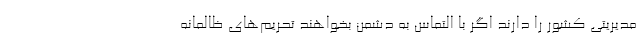
مدیریتی کشور را دارند اگر با التماس به دشمن بخواهند تحریم‌های ظالمانه